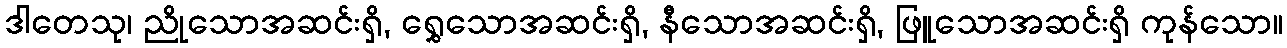
ဒါတေသု၊ ညိုသောအဆင်းရှိ, ရွှေသောအဆင်းရှိ, နီသောအဆင်းရှိ, ဖြူသောအဆင်းရှိ ကုန်သော။